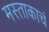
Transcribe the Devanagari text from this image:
मस्ताकाचं